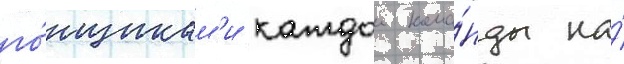
го́нщикам'и каждои кома́нды на́